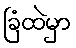
ခြံထဲမှာ